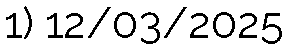
1) 12/03/2025